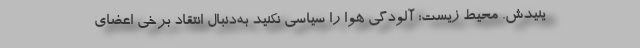
ینیدش. محیط زیست: آلودگی هوا را سیاسی نکنید به‌دنبال انتقاد برخی اعضای